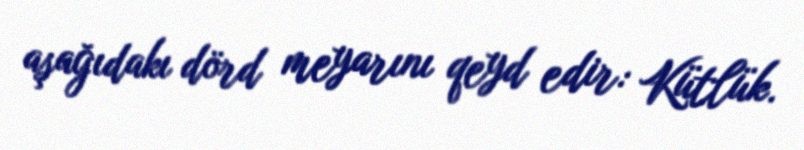
aşağıdakı dörd meyarını qeyd edir: Kütlük.